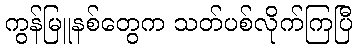
ကွန်မြူနစ်တွေက သတ်ပစ်လိုက်ကြပြီ